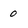
Character: 0